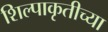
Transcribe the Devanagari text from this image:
शिल्पाकृतीच्या